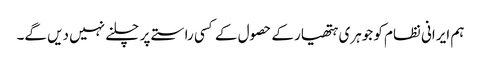
ہم ایرانی نظام کو جوہری ہتھیار کے حصول کے کسی راستے پر چلنے نہیں دیں گے۔